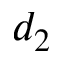
d _ { 2 }